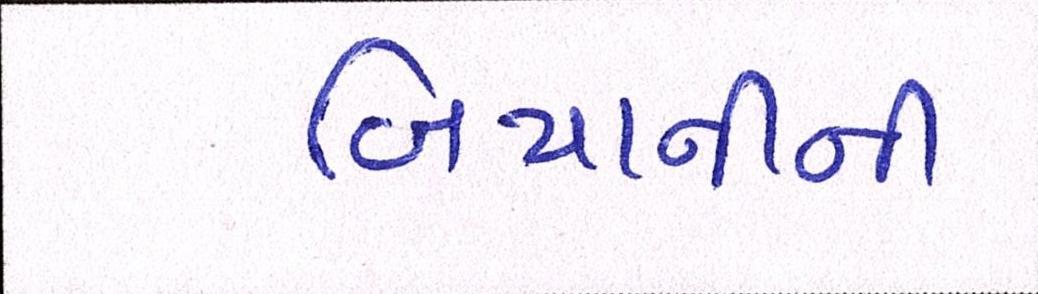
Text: બિયાનીની